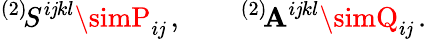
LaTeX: {}^{(2)}\! S^{i\mathit{j}kl}\simP_{i\mathit{j}}\, ,\qquad{}^{(2)}\! \mathbf{A}^{i\mathit{j}kl}\simQ_{i\mathit{j}}\, .